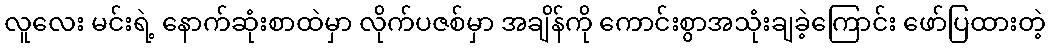
လူလေး မင်းရဲ့ နောက်ဆုံးစာထဲမှာ လိုက်ပဇစ်မှာ အချိန်ကို ကောင်းစွာအသုံးချခဲ့ကြောင်း ဖော်ပြထားတဲ့